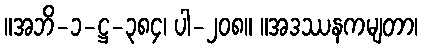
။အဘိ-၁-ဋ္ဌ-၃၈၄၊ ပါ-၂၀၈။ ။အဒဿနကမျတာ၊